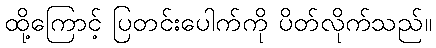
ထို့ကြောင့် ပြတင်းပေါက်ကို ပိတ်လိုက်သည်။